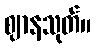
ဈာနသုတ်။